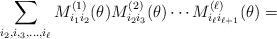
LaTeX: \begin{align*}\sum_{i_2, i,_3, \ldots, i_{\ell}}M^{(1)}_{i_1i_2}(\theta)M^{(2)}_{i_2i_3}(\theta) \cdots M^{(\ell)}_{i_{\ell}i_{\ell+1}}(\theta)=\end{align*}